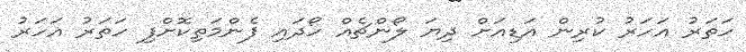
ހަތަރު އަހަރު ކުރިން އަޑިއަށް ދިޔަ ލޯންޗެއް ހޯދައި ފެންމަތިކޮށްފި ހަތަރު އަހަރު